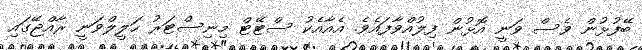
ބޭފުޅުން ވެސް ވަނީ އޮޅުން ފިލުއްވާފައެވެ. އެއާއެކު ސްޓޭޓް މިނިސްޓަރު ހަލީލްވަނީ ރާއްޖޭގައި